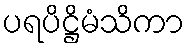
ပရပိဋ္ဌိမံသိကာ